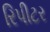
રિપીટર